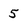
Character: 5